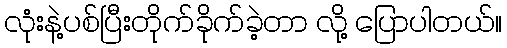
လုံးနဲ့ပစ်ပြီးတိုက်ခိုက်ခဲ့တာ လို့ ပြောပါတယ်။